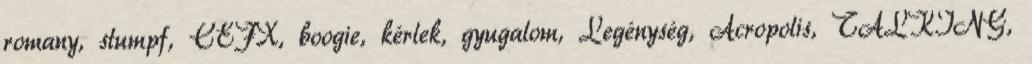
romany, stumpf, CEFX, boogie, kérlek, gyugalom, Legénység, Acropolis, TALKING,